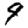
Digit: 9